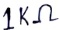
Text: 1KΩ